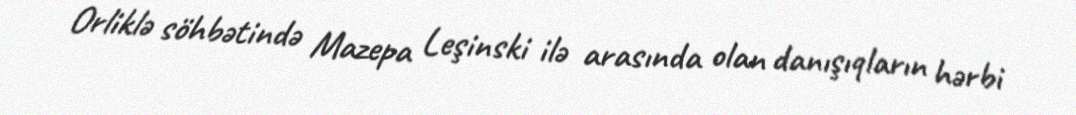
Orliklə söhbətində Mazepa Leşinski ilə arasında olan danışıqların hərbi